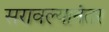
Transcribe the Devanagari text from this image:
सरावल्यानंतर